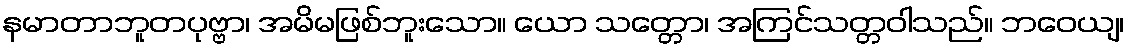
နမာတာဘူတပုဗ္ဗာ၊ အမိမဖြစ်ဘူးသော။ ယော သတ္တော၊ အကြင်သတ္တဝါသည်။ ဘဝေယျ၊